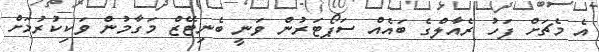
އެ މެޗަށް ފަހު ރެއާލްގެ ބައެއް ސަޕޯޓަރުން ވަނީ ބެނިޓޭޒް މަގާމުން ވަކިކުރުމަށް